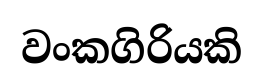
වංකගිරියකි